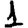
Digit: 1